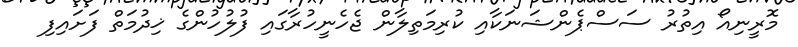
މޮރީނިއޯ އިތުރު ސަސްޕެންޝަނަކާއި ކުރިމަތިލާން ޖެހެނީހުރާގައި ފުލުހުންގެ ޚިދުމަތް ފަށައިފި